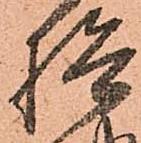
検